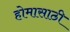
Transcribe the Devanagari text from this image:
होमासाठी